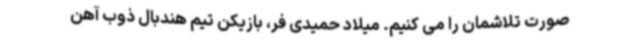
صورت تلاشمان را می کنیم. میلاد حمیدی فر، بازیکن تیم هندبال ذوب آهن